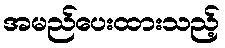
အမည်ပေးထားသည့်